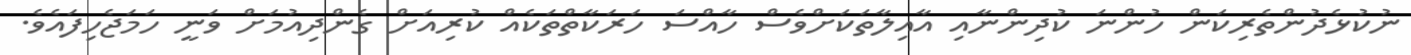
ނުކުޅެދުންތެރިކަން ހުންނަ ކުދިންނާއި އާއިލާތަކަށްވެސް ހާއްސަ ހަރަކާތްތަކެއް ކުރިއަށް ގެންދިއުމަށް ވަނީ ހަމަޖެހިފައެވެ.